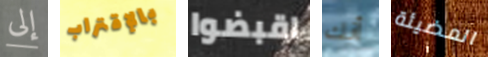
إلى بالإقتراب اقبضوا أنك المضيئة